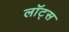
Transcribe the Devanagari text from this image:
लॉट्स